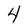
Character: 4